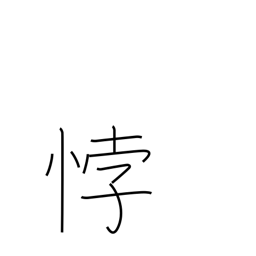
Meaning: be contrary